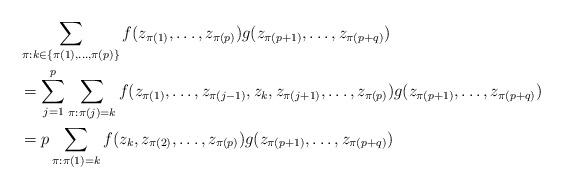
LaTeX: \begin{align*}&\sum_{\pi:k\in\{\pi(1),\dotsc,\pi(p)\}} f(z_{\pi(1)},\dotsc,z_{\pi(p)})g(z_{\pi(p+1)},\dotsc,z_{\pi(p+q)})\\&=\sum_{j=1}^p \sum_{\pi:\pi(j)=k} f(z_{\pi(1)},\dotsc,z_{\pi(j-1)},z_k,z_{\pi(j+1)},\dotsc,z_{\pi(p)})g(z_{\pi(p+1)},\dotsc,z_{\pi(p+q)})\\&=p\sum_{\pi:\pi(1)=k} f(z_k,z_{\pi(2)},\dotsc,z_{\pi(p)})g(z_{\pi(p+1)},\dotsc,z_{\pi(p+q)})\end{align*}